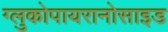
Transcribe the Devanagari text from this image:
ग्लुकोपायरानोसाइड